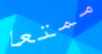
ممتعا